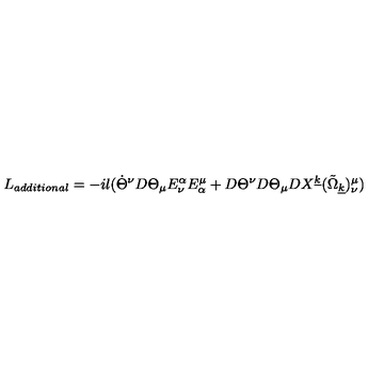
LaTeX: L _ { a d d i t i o n a l } = - i l ( { \dot { \Theta } } ^ { \nu } D \Theta _ { \mu } E _ { \nu } ^ { \alpha } E _ { \alpha } ^ { \mu } + D \Theta ^ { \nu } D \Theta _ { \mu } D X ^ { \underline { { k } } } ( { \tilde { \Omega } } _ { \underline { { k } } } ) _ { \nu } ^ { \mu } )